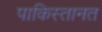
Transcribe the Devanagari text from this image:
पाकिस्तानत